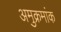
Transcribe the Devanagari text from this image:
अमुक्रमांक